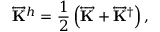
\overleftrightarrow { \mathbf { K } } ^ { h } = \frac { 1 } { 2 } \left( \overleftrightarrow { \mathbf { K } } + \overleftrightarrow { \mathbf { K } } ^ { \dag } \right) ,